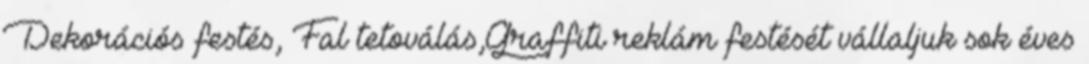
Dekorációs festés, Fal tetoválás,Graffiti reklám festését vállaljuk sok éves